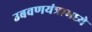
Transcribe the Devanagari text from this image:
उबवणयंत्रामध्ये